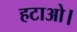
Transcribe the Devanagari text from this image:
हटाओ।